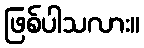
ဖြစ်ပါသလား။